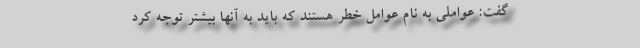
گفت: عواملی به نام عوامل خطر هستند که باید به آنها بیشتر توجه کرد